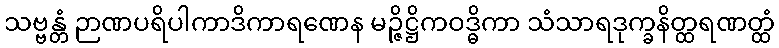
သဗ္ဗန္တံ ဉာဏပရိပါကာဒိကာရဏေန မဉ္ဇိဋ္ဌိကဝဒ္ဓိကာ သံသာရဒုက္ခနိတ္ထရဏတ္ထံ